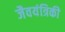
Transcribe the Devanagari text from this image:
जैवयंत्रिकी